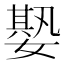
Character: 𡠧